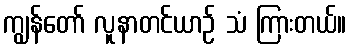
ကျွန်တော် လူနာတင်ယာဉ် သံ ကြားတယ်။